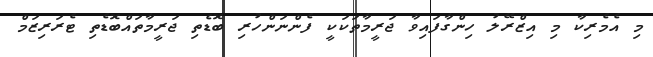
މި އެމެރިކާ މި އިޒްރޭލު ހިންގާފައިވާ ޖަރީމާތަކަކީ ފެންނަންހުރި ބޮޑެތި ޖަރީމާތައްބޮޑެތި ޓެރަރިޒަމް